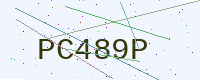
Text: PC489P